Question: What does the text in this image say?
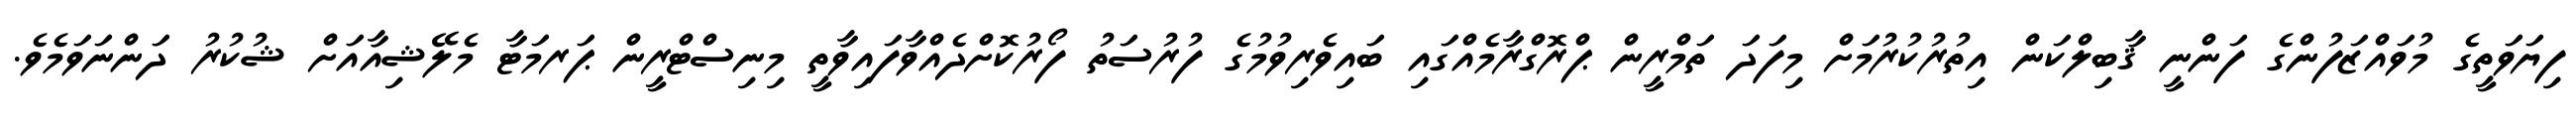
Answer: ފިޔަވަތީގެ މުވައްޒަފުންގެ ފަންނީ ޤާބިލްކަން އިތުރުކުރުމަށް މިފަދަ ތަމްރީން ޕްރޮގްރާމެއްގައި ބައިވެރިވުމުގެ ފުރުސަތު ފޯރުކޮށްދެއްވާފައިވާތީ މިނިސްޓްރީން ޕަރމަޓާ މެލޭޝިއާއަށް ޝުކުރު ދަންނަވަމެވެ.